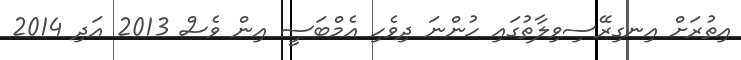
އިތުރަށް އިނގިރޭސިވިލާތުގައި ހުންނަ ދިވެހި އެމްބަސީ އިން ވެސް 2013 އަދި 2014